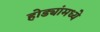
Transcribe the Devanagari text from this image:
होड्यांमध्ये